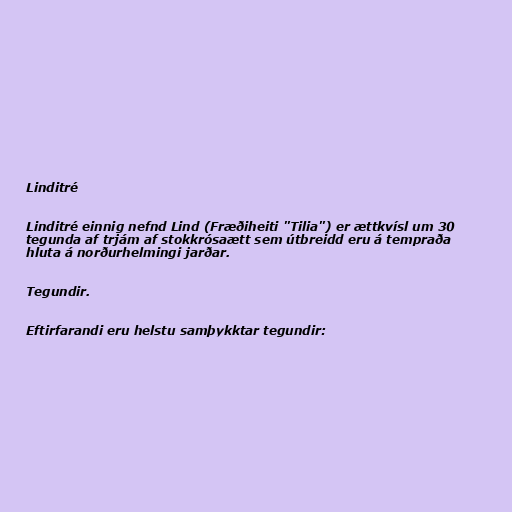
Linditré

Linditré einnig nefnd Lind (Fræðiheiti "Tilia") er ættkvísl um 30
tegunda af trjám af stokkrósaætt sem útbreidd eru á tempraða
hluta á norðurhelmingi jarðar.

Tegundir.

Eftirfarandi eru helstu samþykktar tegundir: